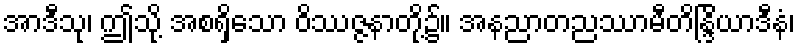
အာဒီသု၊ ဤသို့ အစရှိသော ဝိဿဇ္ဇနာတို့၌။ အနညာတညဿာမီတိန္ဒြိယာဒီနံ၊